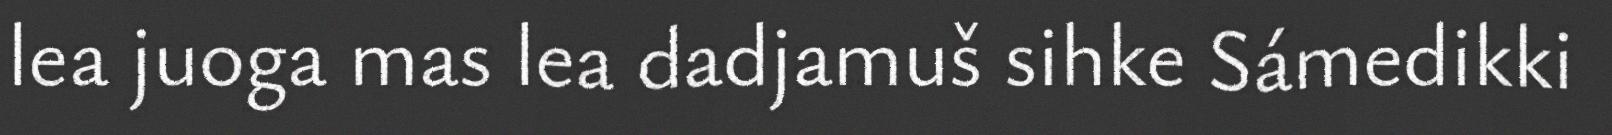
lea juoga mas lea dadjamuš sihke Sámedikki